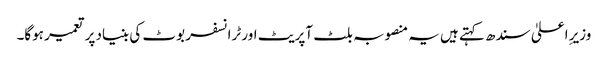
وزیرِ اعلیٰ سندھ کہتے ہیں یہ منصوبہ بلٹ آپریٹ اور ٹرانسفر بوٹ کی بنیاد پر تعمیر ہوگا۔